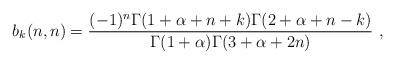
LaTeX: \begin{align*}b_k(n,n)=\frac{(-1)^n\Gamma(1+\alpha+n+k)\Gamma(2+\alpha+n-k)}{\Gamma(1+\alpha)\Gamma(3+\alpha+2n)}\ ,\end{align*}